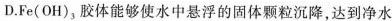
D.Fe(OH)_{3}，胶体能够使水中悬浮的固体颗粒沉降，达到净水